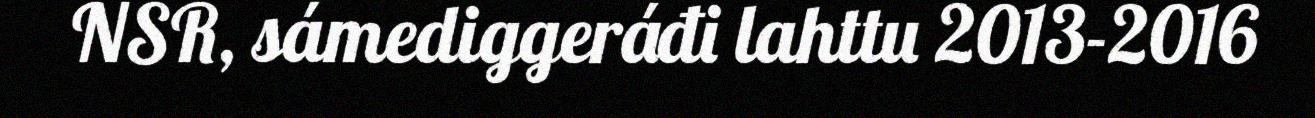
NSR, sámediggeráđi lahttu 2013-2016